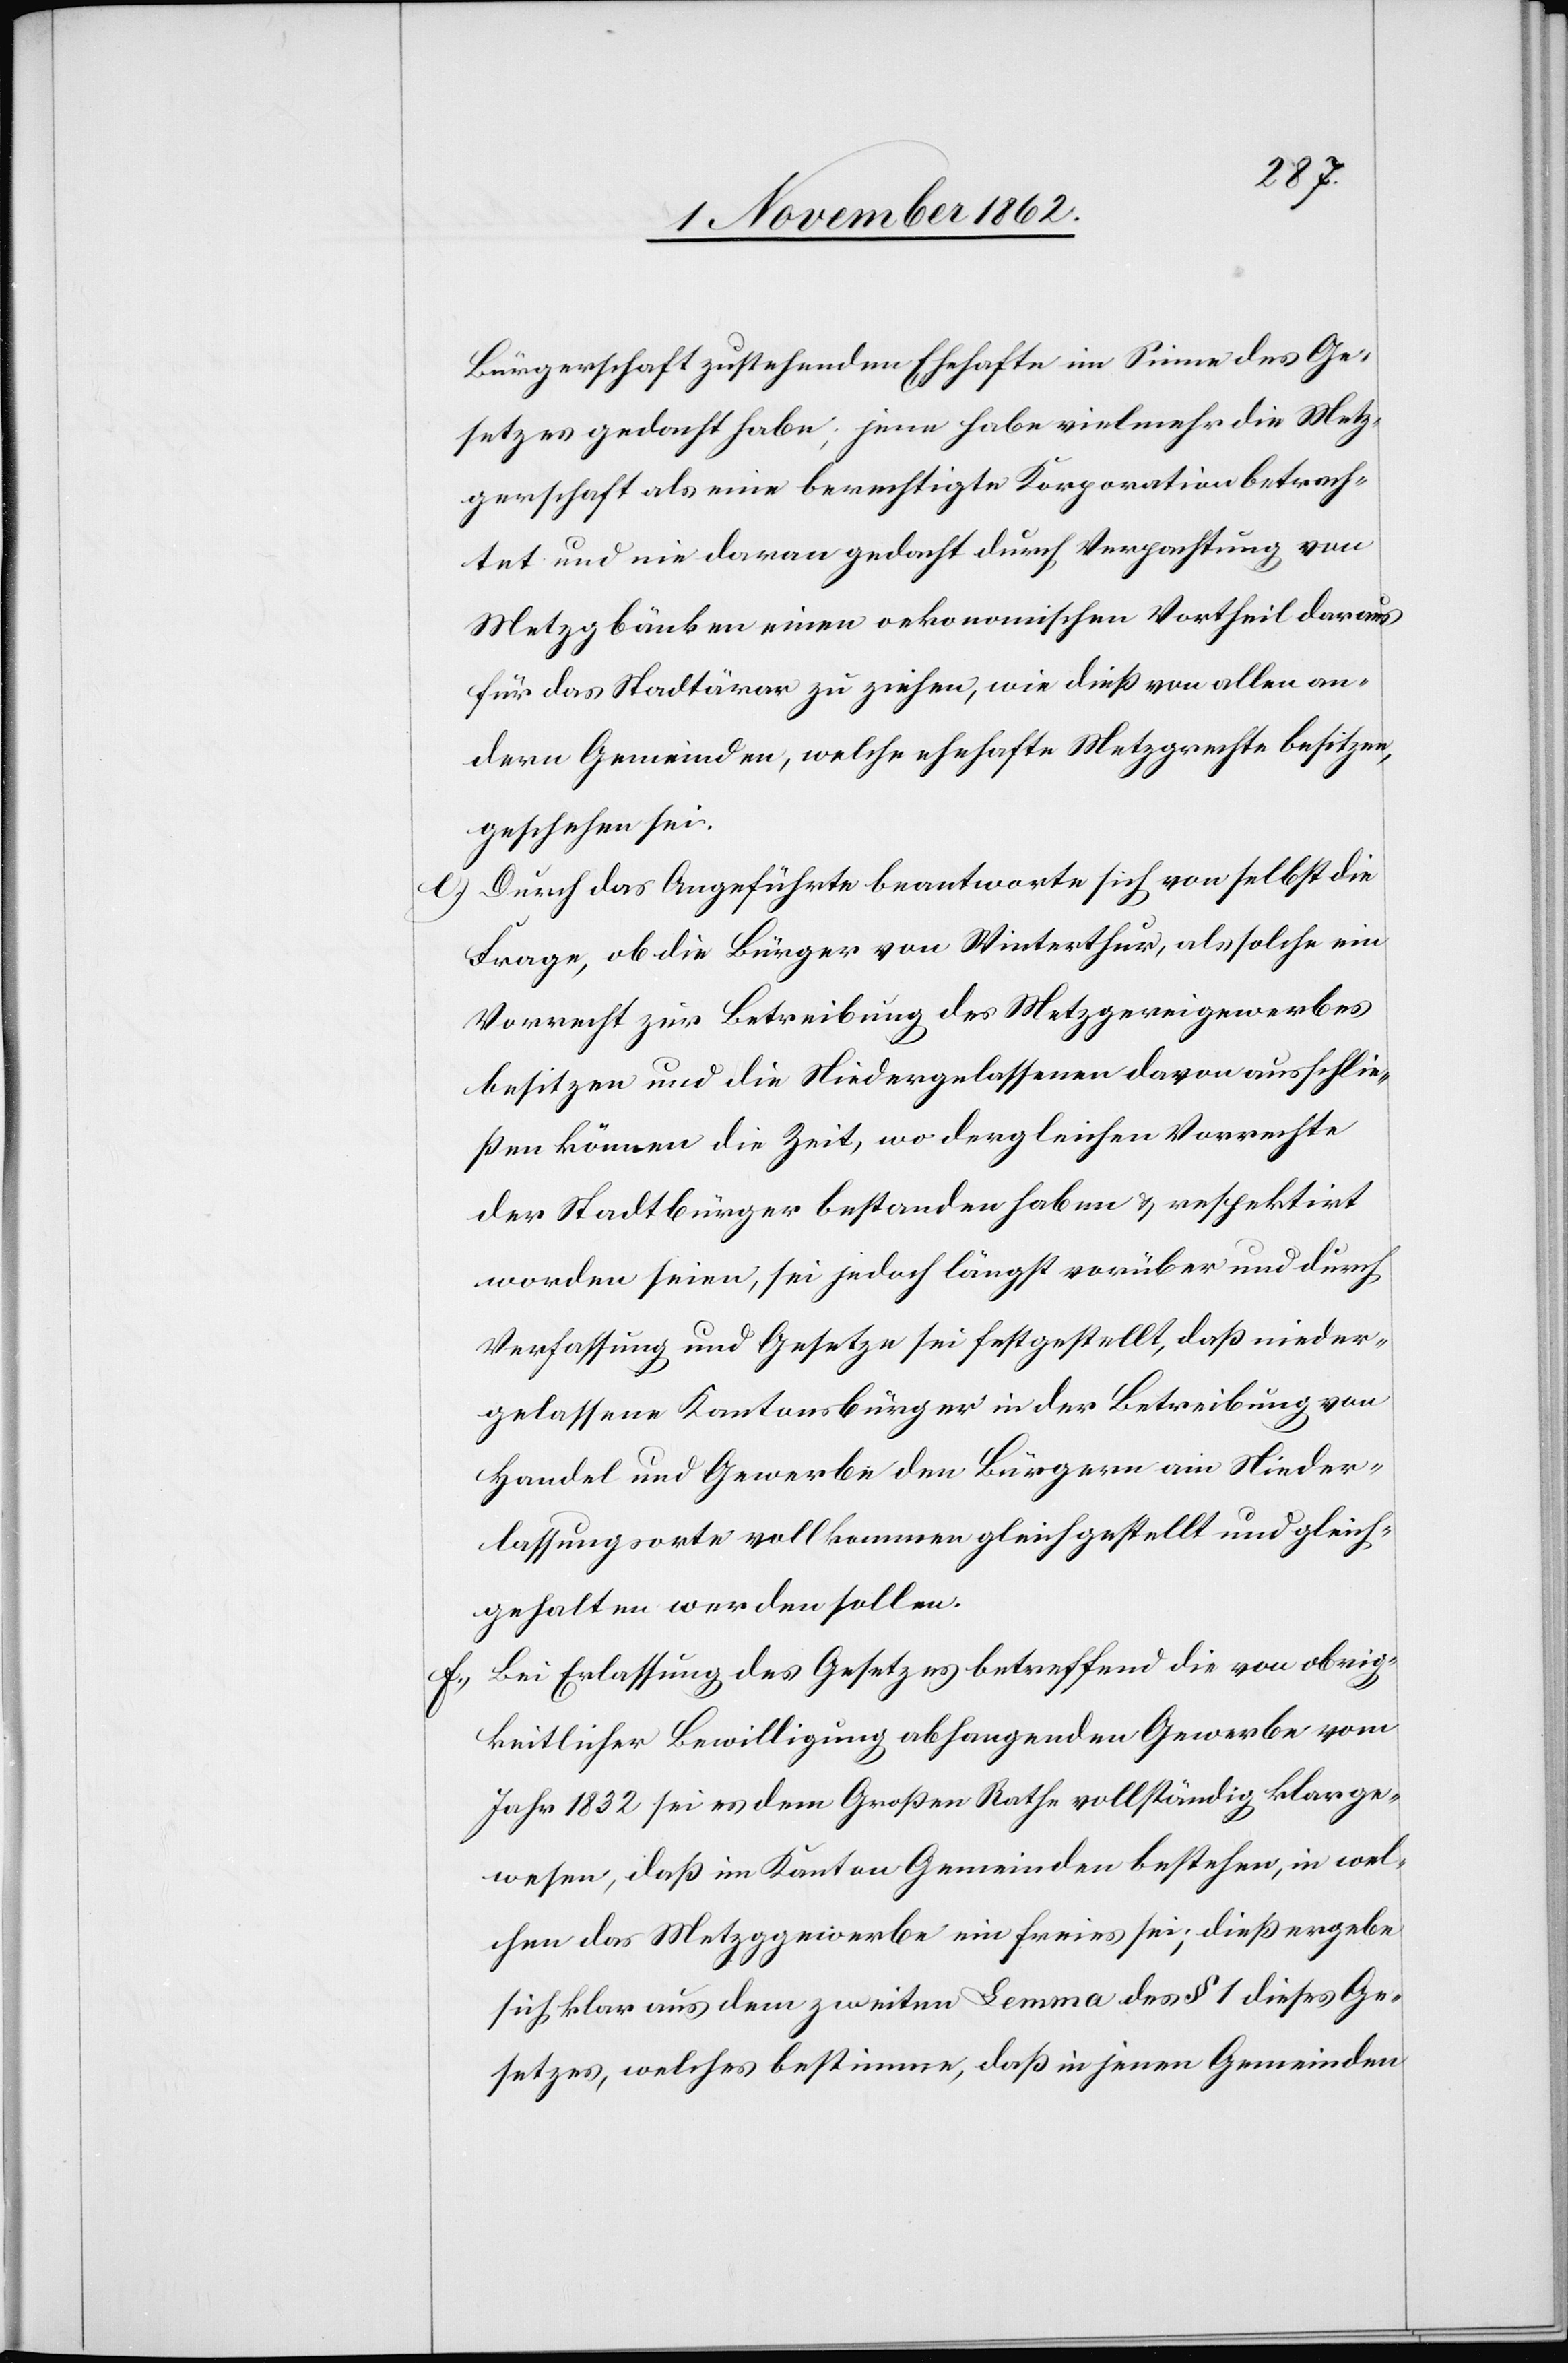
Bürgerschaft zustehenden Ehehaften im Sinne des Ge¬
setzes gedacht habe, jene habe vielmehr die Metz¬
gerschaft als eine berechtigte Korporation betrach¬
tet und nie daran gedacht durch Verpachtung von
Metzggebäuden einen oekonomischen Vortheil daraus
für das Stadtärar zu ziehen, wie dieß von allen an¬
dern Gemeinden, welche ehehafte Metzgrechte besitzen,
geschehen sei.
e. Durch das Angeführte beantworte sich von selbst die
Frage, ob die Bürger von Winterthur, als solche ein
Vorrecht zur Betreibung des Metzgereigewerbes
besitzen und die Niedergelassenen davon ausschlie¬
ßen können die Zeit, wo dergleichen Vorrechte
der Stadtbürger bestanden haben u. respektirt
worden seien, sei jedoch längst vorüber und durch
Verfassung und Gesetze sei festgestellt, daß nieder¬
gelassene Kantonsbürger in der Betreibung von
Handel und Gewerbe den Bürgern am Nieder¬
lassungsorte vollkommen gleich gestellt und gleich¬
gehalten werden sollen.
Bei Erlassung des Gesetzes betreffend die von obrig¬
keitlicher Bewilligung abhangenden Gewerbe vom
Jahr 1832 sei es dem Großen Rathe vollständig klar ge¬
wesen, daß im Kanton Gemeinden bestehen, in wel¬
chen das Metzggewerbe ein freies sei; dieß ergebe
sich klar aus dem zweiten Lemma des § 1 dieses Ge¬
setzes, welches bestimme, daß in jenen Gemeinden